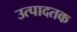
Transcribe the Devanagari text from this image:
उत्पादतक